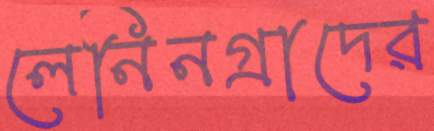
লেনিনগ্রাদের